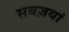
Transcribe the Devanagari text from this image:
सबज़यां